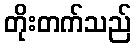
တိုးတက်သည်